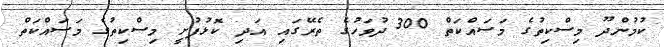
ކުމުންދޫ މިސްކިތުގެ މަސައްކަތް 300 ދުވަހުގެ ތެރޭގައި އަދި ކޮޅުފުށީ މިސްކިތުގެ މަސައްކަތް